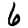
Digit: 6